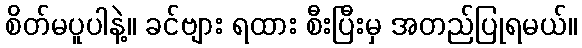
စိတ်မပူပါနဲ့။ ခင်ဗျား ရထား စီးပြီးမှ အတည်ပြုရမယ်။